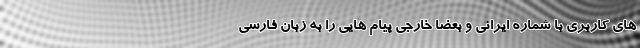
های کاربری با شماره ایرانی و بعضا خارجی پیام هایی را به زبان فارسی